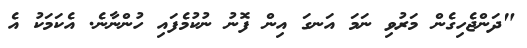
"ދަންޖެހިގެން މަރުވި ނަމަ އަނގަ އިން ފޮނު ނުކުމެފައި ހުންނާނެ. އެކަމަކު އެ